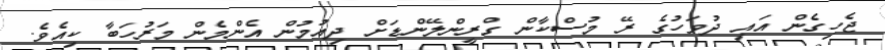
ޖެހިގެން އައި ދުވަހުގެ ރޭ މުސްކާން ގްރީންލޭންޑަށް ދިއުމުން އެންމެން މަރުހަބާ ކިއެވެ.